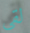
لقي